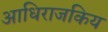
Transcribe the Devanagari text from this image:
आधिराजकिय